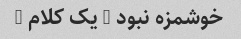
خوشمزه نبود … یک کلام …